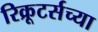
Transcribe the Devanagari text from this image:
रिक्रूटर्सच्या